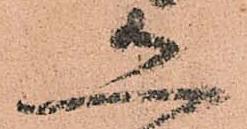
恐